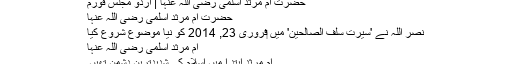
حضرت ام مرثد اسلمی رضی اللہ عنہا | اردو مجلس فورم
حضرت ام مرثد اسلمی رضی اللہ عنہا
نصر اللہ نے 'سیرتِ سلف الصالحین' میں ‏فروری 23, 2014 کو نیا موضوع شروع کیا
ام مرثد اسلمی رضی اللہ عنہا​
ام مرثد ابتد ا میں اسلام کی شدیدترین دشمن تھیں۔